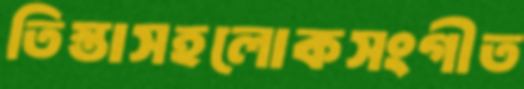
তিস্তাসহলোকসংগীত